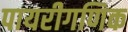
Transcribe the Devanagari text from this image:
पायरीगणिक